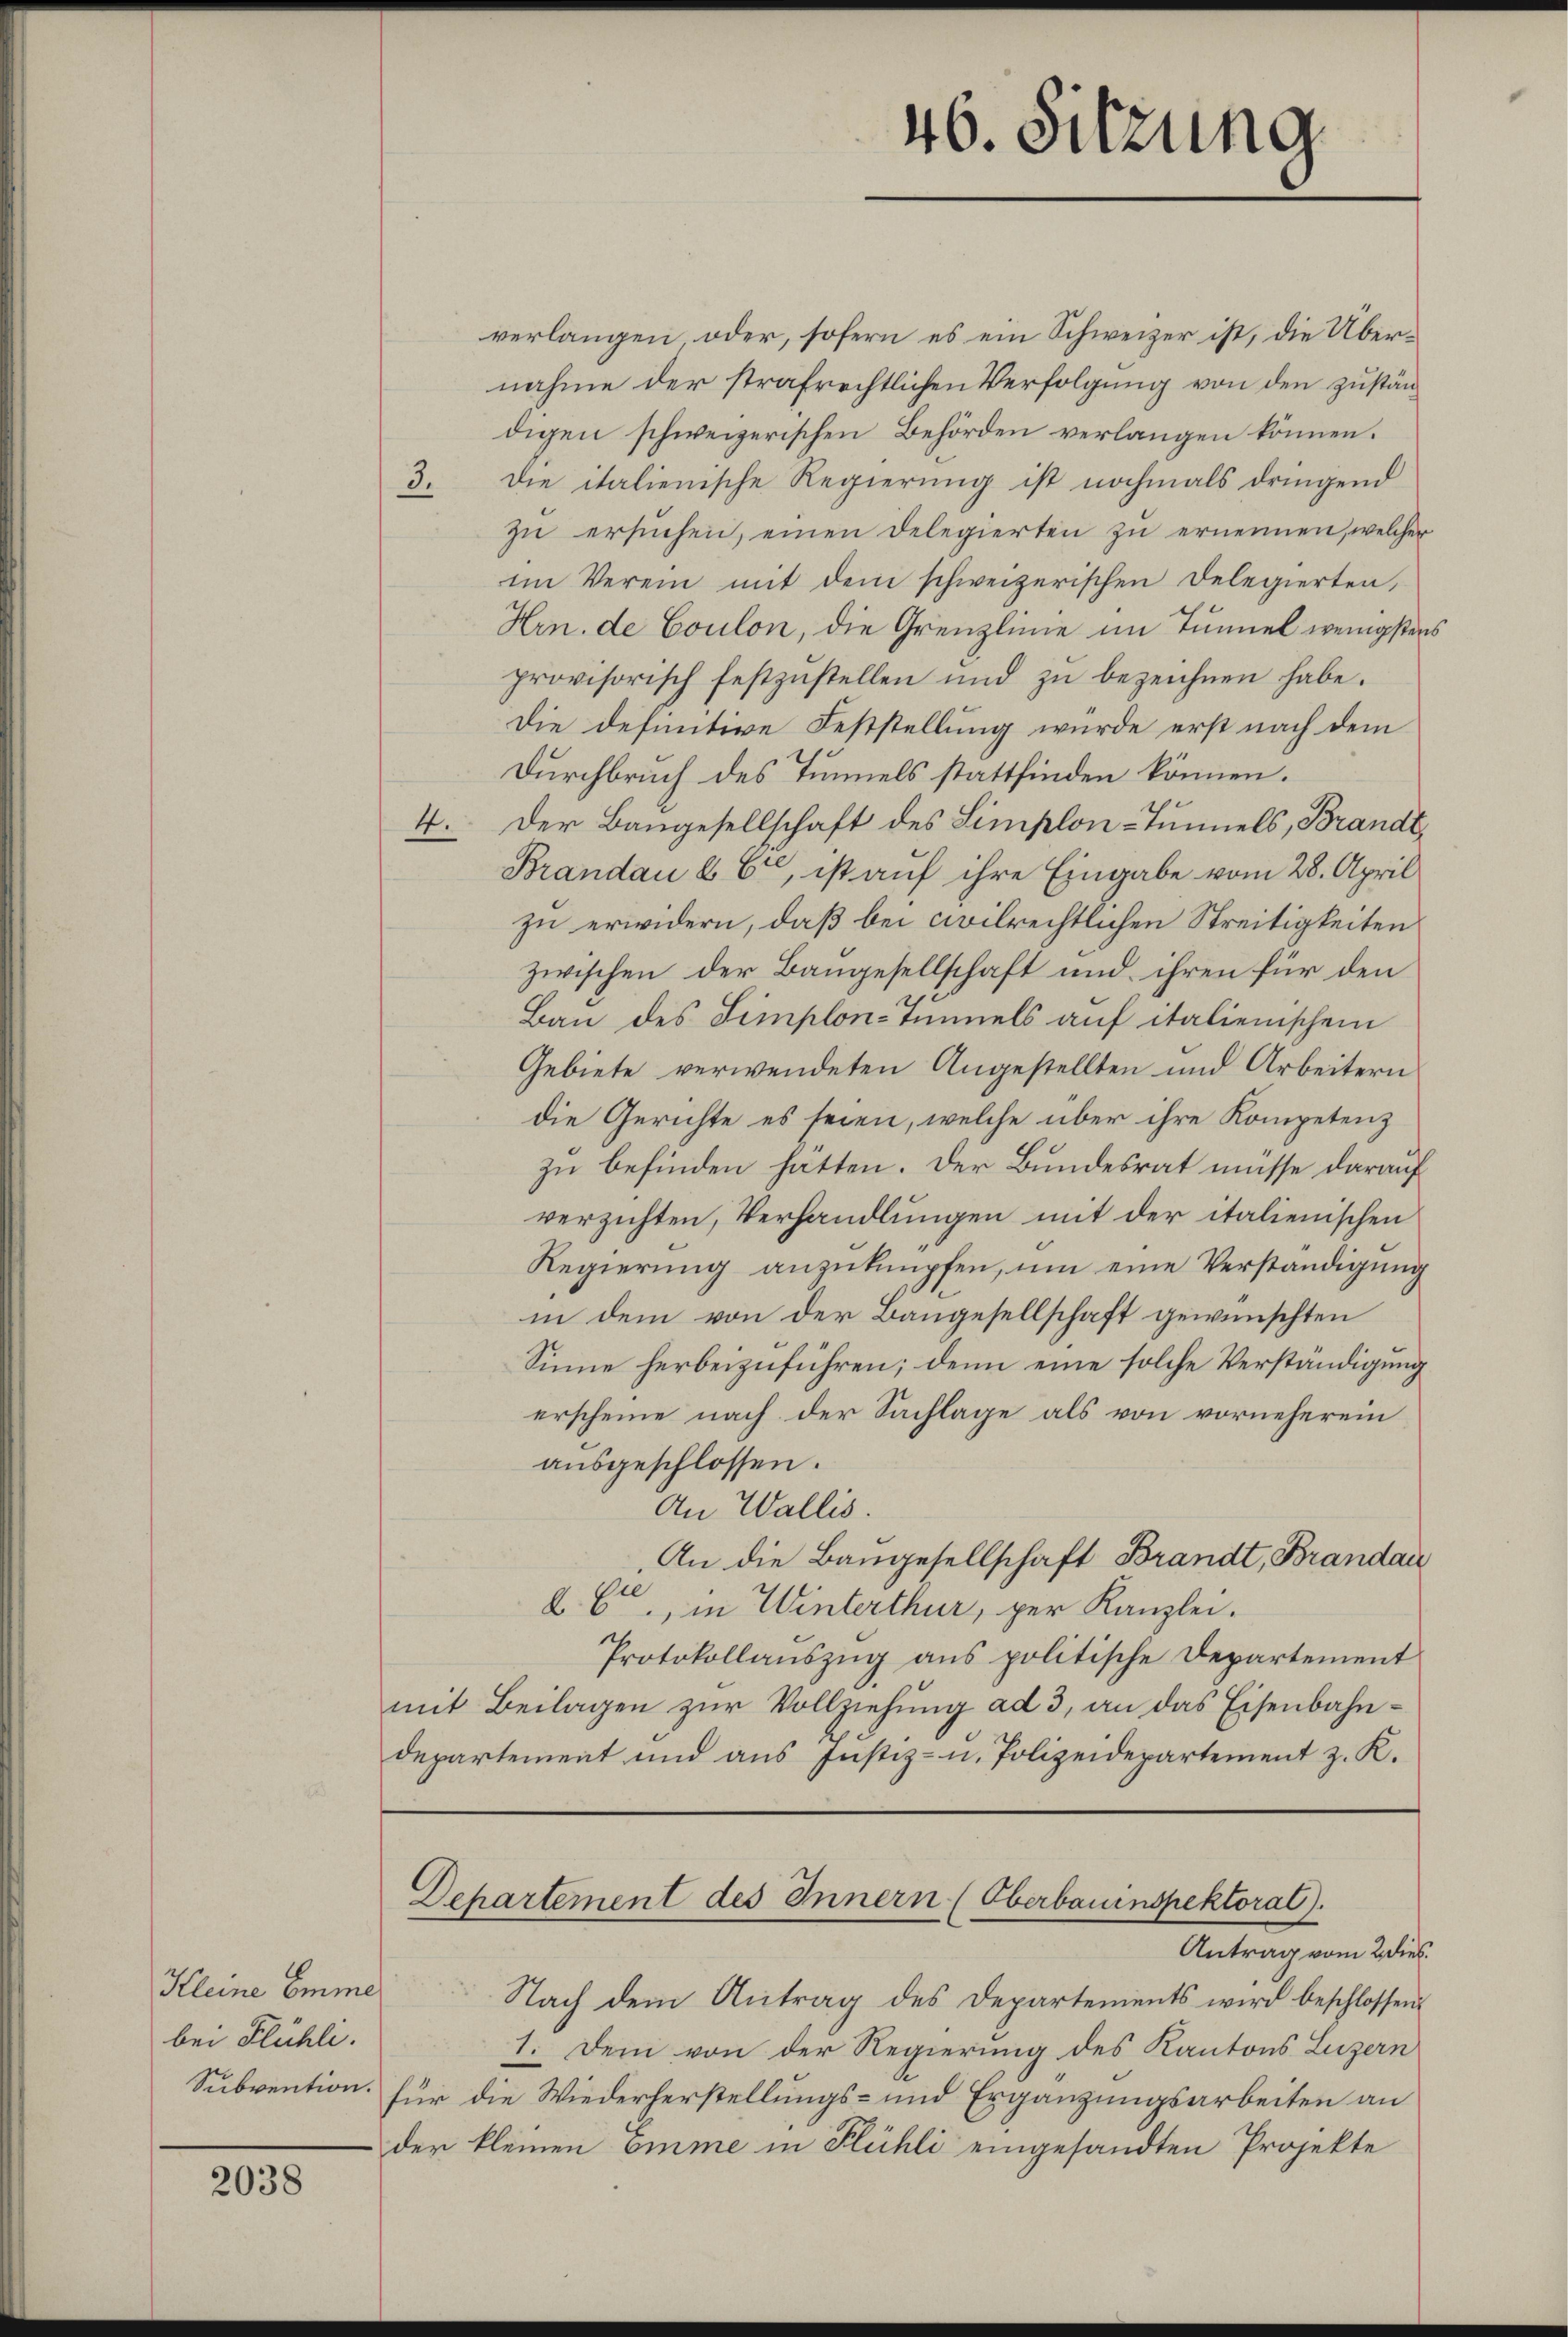
Kleine Emme
bei Flühli.
Subvention.

2038

46. Sitzung

verlangen oder, sofern es ein Schweizer ist, die Übernahme der strafrechtlichen Verfolgung von den zuständigen schweizerischen Behörden verlangen können.
3. Die italienische Regierung ist nochmals dringend
zŭ ersŭchen, einen Delegierten zŭ ernennen, welcher
im Verein mit dem schweizerischen Delegierten,
Hrn. de Coulon, die Grenzlinie im Tunnel wenigstens
provisorisch festzŭstellen und zŭ bezeichnen habe.
Die definitive Feststellung würde erst nach dem
Durchbruch des Tunnels stattfinden können.
4. Der Baugesellschaft des Simplon-Tunnels, Brandt,
Brandau § 6, ist auf ihre Eingabe vom 28. April
zu erwidern, daß bei civilrechtlichen Streitigkeiten
zwischen der Baugesellschaft und ihren für den
Bau des Simplon-Tunnels auf italienischen
Gebiete verwendeten Angestellten und Arbeitern
die Gerichte es seien, welche über ihre Kompetenz
zu befinden hatten. Der Bundesrat müsse darauf
verzichten, Verhandlungen mit der italienischen
Regierung anzuknüpfen, um eine Verständigung
in dem von der Baugesellschaft gewünschten
Sinne herbeizuführen; denn eine solche Verständigung
erscheine nach der Sachlage als von vorneherein
ausgeschlossen.
An Wallis.
An die Baugesellschaft Brandt, Brandau
26., in Winterthur, per Kanzlei.
Protokollaŭszŭg ans politische Departement
mit Beilagen zur Vollziehung ad 3, an das Eisenbahndepartement und aus Justiz- u. Polizeidepartement z. K.
Departement des Innern (Oberbauinspektoral).
Antrag vom 2 dies
Nach dem Antrag des Departements wird beschlossen
1. Dem von der Regierung des Kantons Luzern
für die Wiederherstellungs- und Ergänzungsarbeiten an
der kleinen Emme in Flühli eingesandten Projekte